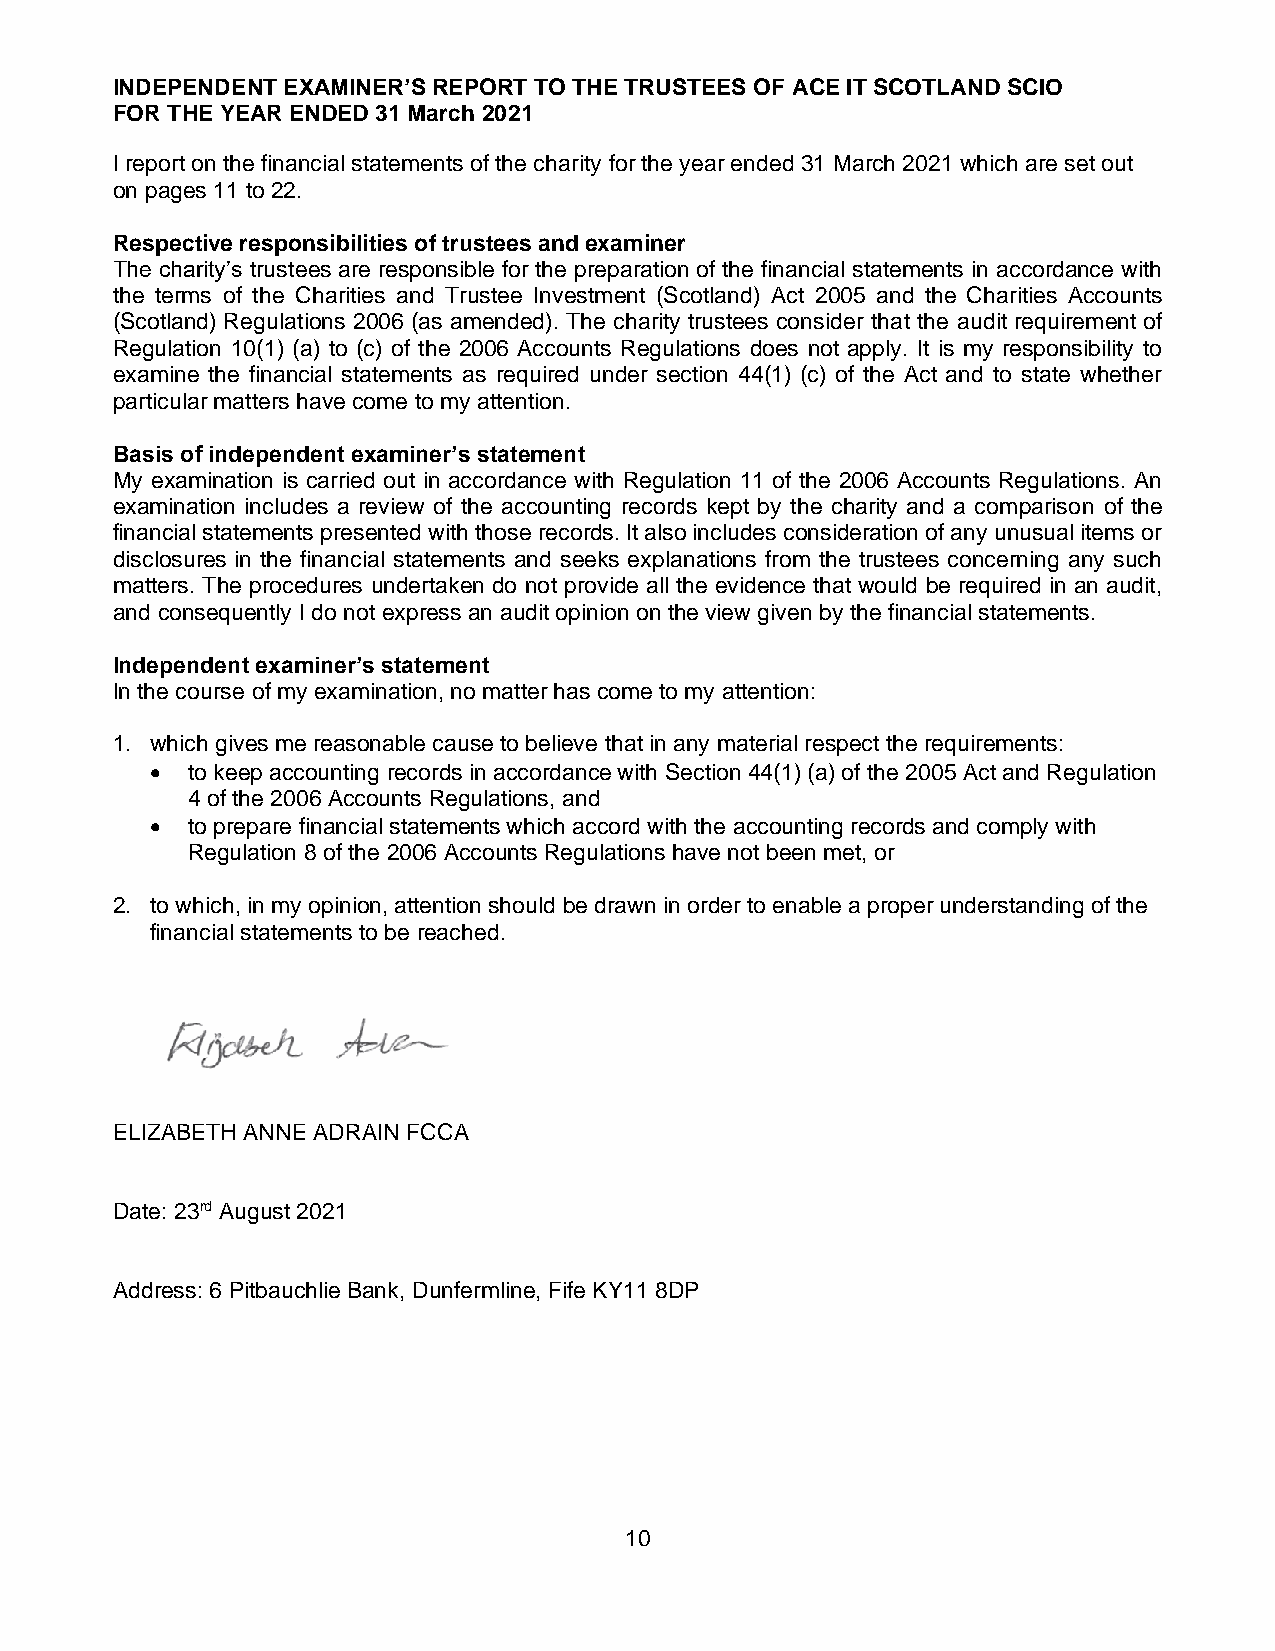
INDEPENDENT EXAMINER’S REPORT TO THE TRUSTEES OF ACE IT SCOTLAND SCIO
 FOR THE YEAR ENDED 31 March 2021
 I report on the financial statements of the charity for the year ended 31 March 2021 which are set out
 on pages 11 to 22.
 Respective responsibilities of trustees and examiner
 The charity’s trustees are responsible for the preparation of the financial statements in accordance with
 the terms of the Charities and Trustee Investment (Scotland) Act 2005 and the Charities Accounts
 (Scotland) Regulations 2006 (as amended). The charity trustees consider that the audit requirement of
 Regulation 10(1) (a) to (c) of the 2006 Accounts Regulations does not apply. It is my responsibility to
 examine the financial statements as required under section 44(1) (c) of the Act and to state whether
 particular matters have come to my attention.
 Basis of independent examiner’s statement
 My examination is carried out in accordance with Regulation 11 of the 2006 Accounts Regulations. An
 examination includes a review of the accounting records kept by the charity and a comparison of the
 financial statements presented with those records. It also includes consideration of any unusual items or
 disclosures in the financial statements and seeks explanations from the trustees concerning any such
 matters. The procedures undertaken do not provide all the evidence that would be required in an audit,
 and consequently I do not express an audit opinion on the view given by the financial statements.
 Independent examiner’s statement
 In the course of my examination, no matter has come to my attention:
 1. which gives me reasonable cause to believe that in any material respect the requirements:
 • to keep accounting records in accordance with Section 44(1) (a) of the 2005 Act and Regulation
 4 of the 2006 Accounts Regulations, and
 • to prepare financial statements which accord with the accounting records and comply with
 Regulation 8 of the 2006 Accounts Regulations have not been met, or
 2. to which, in my opinion, attention should be drawn in order to enable a proper understanding of the
 financial statements to be reached.
 ELIZABETH ANNE ADRAIN FCCA
 Date: 23rd August 2021
 Address: 6 Pitbauchlie Bank, Dunfermline, Fife KY11 8DP
 10